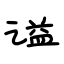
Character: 谥